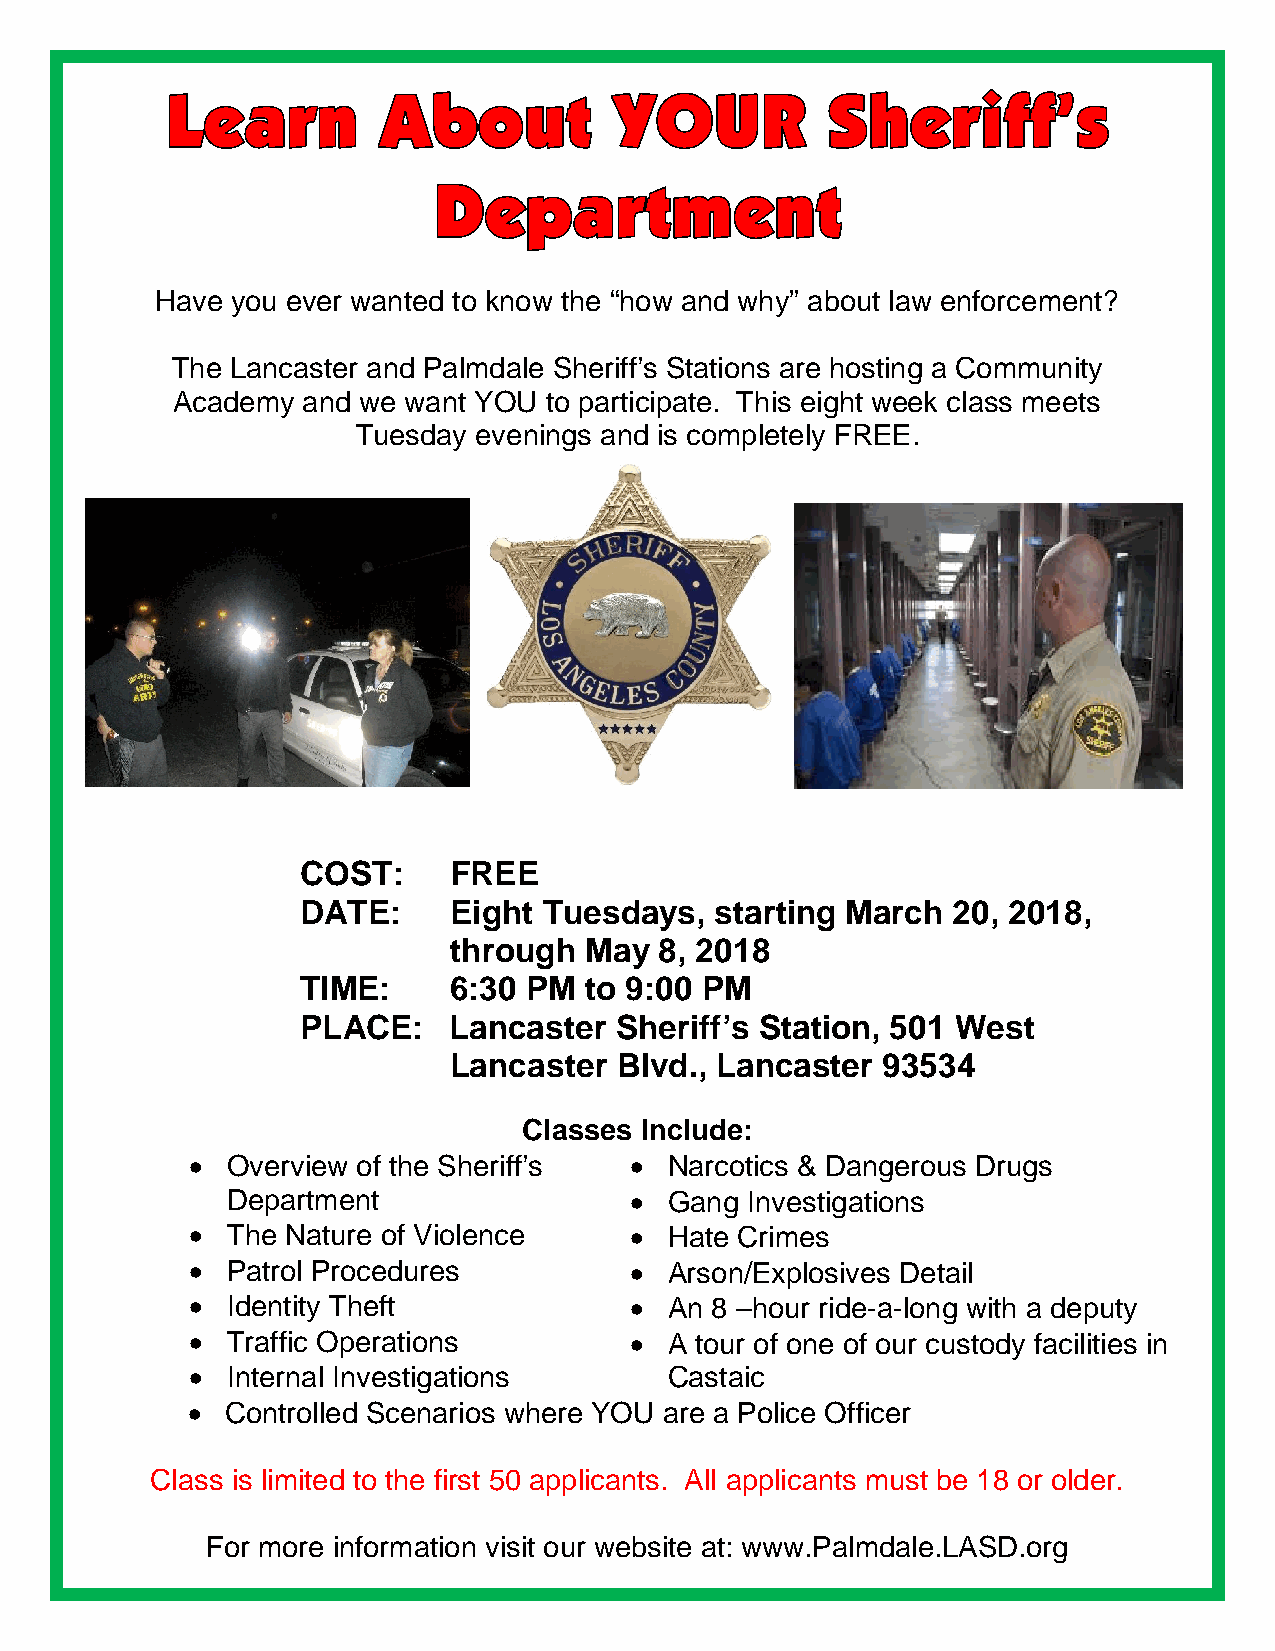
Have you ever wanted to know the “how and why” about law enforcement?
 The Lancaster and Palmdale Sheriff’s Stations are hosting a Community
 Academy  and we want YOU to participate. This eight week class meets
 Tuesday evenings and is completely FREE.
 COST:     FREE
 DATE:     Eight Tuesdays,  starting March  20, 2018,
 through  May  8, 2018
 TIME:     6:30 PM  to 9:00 PM
 PLACE:    Lancaster  Sheriff’s Station, 501 West
 Lancaster  Blvd., Lancaster 93534
 Classes Include:
 • Overview of the Sheriff’s  • Narcotics & Dangerous Drugs
 Department                 • Gang Investigations
 • The Nature of Violence     • Hate Crimes
 • Patrol Procedures          • Arson/Explosives Detail
 • Identity Theft             • An 8 –hour ride-a-long with a deputy
 • Traffic Operations         • A tour of one of our custody facilities in
 • Internal Investigations      Castaic
 •  Controlled Scenarios where YOU are a Police Officer
 Class is limited to the first 50 applicants. All applicants must be 18 or older.
 For more information visit our website at: www.Palmdale.LASD.org